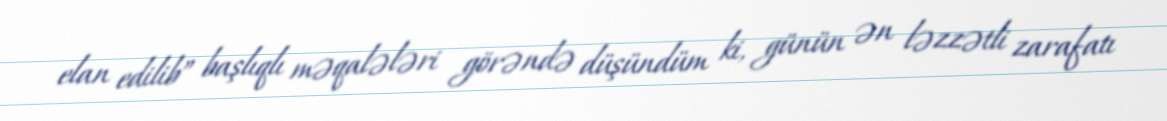
elan edilib” başlıqlı məqalələri görəndə düşündüm ki, günün ən ləzzətli zarafatı